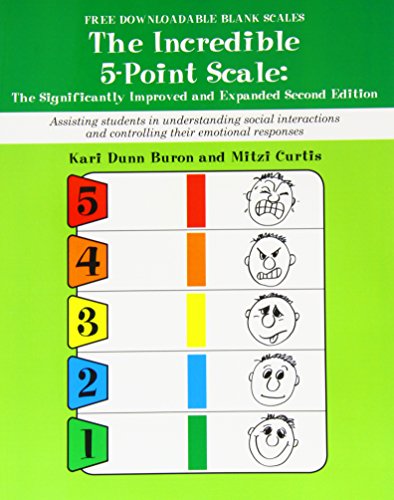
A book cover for Incredible 5 Point Scale: The Significantly Improved and Expanded Second Edition; Assisting Students in Understanding Social Interactions and Controlling their Emotional Responses; Kari Dunn Buron; Education & Teaching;